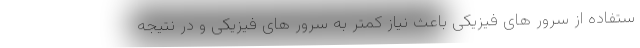
ستفاده از سرور های فیزیکی باعث نیاز کمتر به سرور های فیزیکی و در نتیجه